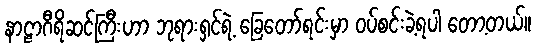
နာဠာဂီရိဆင်ကြီးဟာ ဘုရားရှင်ရဲ့ ခြေတော်ရင်းမှာ ဝပ်စင်းခဲ့ရပါ တော့တယ်။